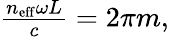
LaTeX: \begin{array}{r}{\frac{n_{\mathrm{eff}}\omega L}{c}=2\pi m,}\end{array}